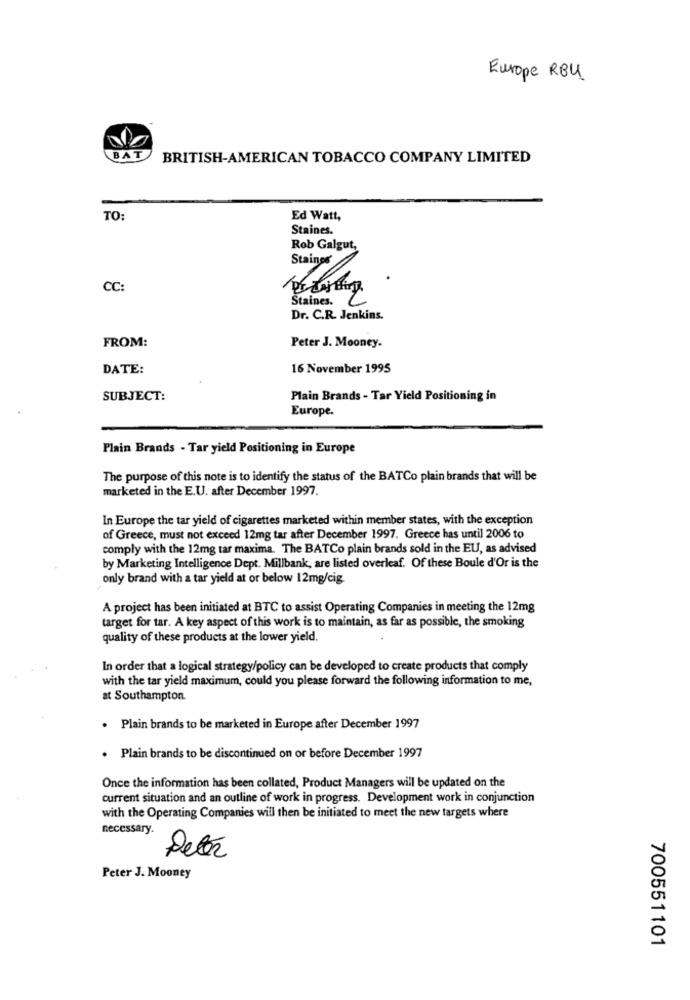
Europe RBU.
BAT
BRITISH-AMERICAN TOBACCO COMPANY LIMITED
TO:
Ed Watt,
Staines.
Rob Galgut,
Staines
CC:
Staines. C
Dr. C.R. Jenkins.
FROM:
Peter J. Mooney.
DATE:
16 November 1995
SUBJECT:
Plain Brands - Tar Yield Positioning in
Europe.
Plain Brands - Tar yield Positioning in Europe
The purpose of this note is to identify the status of the BATCo plain brands that will be
marketed in the E.U. after December 1997.
In Europe the tar yield of cigarettes marketed within member states, with the exception
of Greece, must not exceed 12mg tar after December 1997. Greece has until 2006 to
comply with the 12mg tar maxima. The BATCo plain brands sold in the EU, as advised
by Marketing Intelligence Dept. Millbank, are listed overleaf. Of these Boule d'Or is the
only brand with a tar yield at or below 12mg/cig
A project has been initiated at BTC to assist Operating Companies in meeting the 12mg
target for tar. A key aspect of this work is to maintain, as far as possible, the smoking
quality of these products at the lower yield.
In order that a logical strategy/policy can be developed to create products that comply
with the tar yield maximum, could you please forward the following information to me,
at Southampton
. Plain brands to be marketed in Europe after December 1997
Plain brands to be discontinued on or before December 1997
Once the information has been collated, Product Managers will be updated on the
current situation and an outline of work in progress. Development work in conjunction
with the Operating Companies will then be initiated to meet the new targets where
necessary.
Peter
Peter J. Mooney
700551101